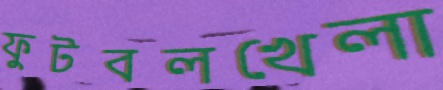
ফুটবলখেলা